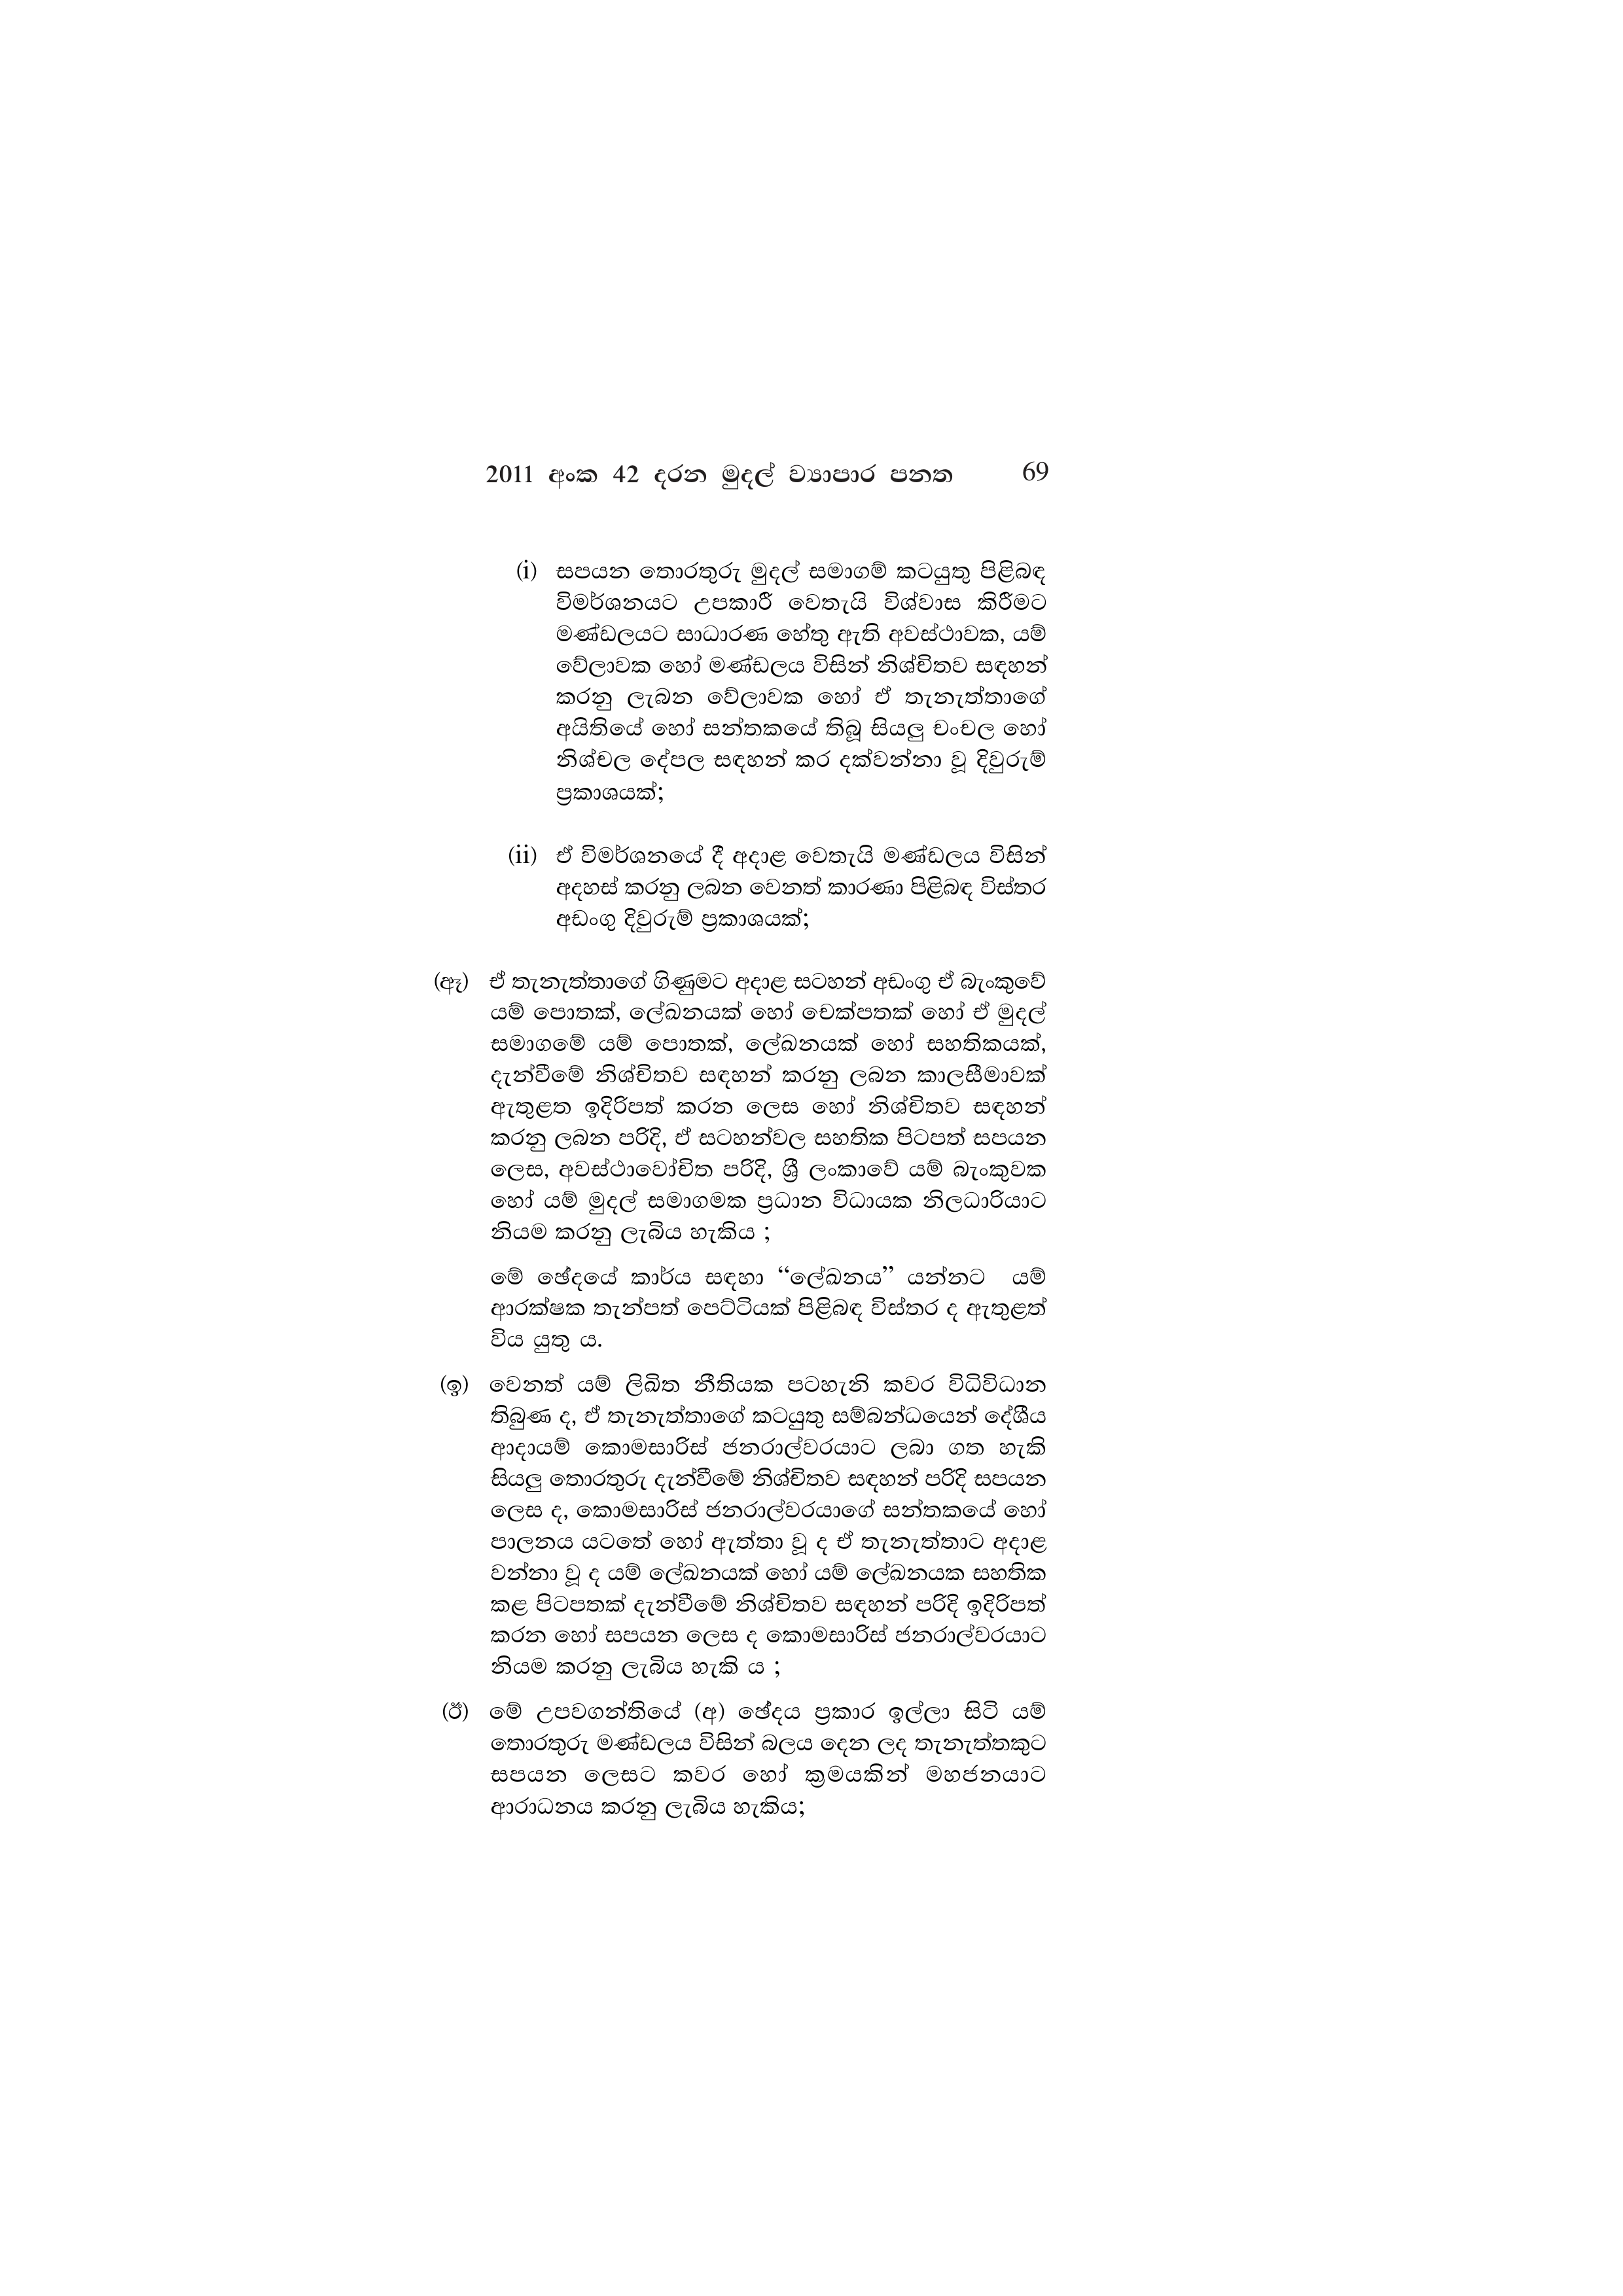
2011 අංක 42 දරන මුදල් ව්‍යාපාර පනත 69

(i) සපයන තොරතුරු මුදල් සමාගම් කටයුතු පිළිබඳ
විමර්ශනයට උපකාරී වෙතැයි විශ්වාස කිරීමට
මණ්ඩලයට සාධාරණ හේතු ඇති අවස්ථාවක, යම්
වේලාවක හෝ මණ්ඩලය විසින් නිශ්චිතව සඳහන්
කරනු ලැබන වේලාවක හෝ ඒ තැනැත්තාගේ
අයිතියේ හෝ සන්තකයේ තිබූ සියලු චංචල හෝ
නිශ්චල දේපල සඳහන් කර දක්වන්නා වූ දිවුරුම්
ප්‍රකාශයක්;

(ii) ඒ විමර්ශනයේ දී අදාළ වෙතැයි මණ්ඩලය විසින්
අදහස් කරනු ලබන වෙනත් කාරණා පිළිබඳ විස්තර
අඩංගු දිවුරුම් ප්‍රකාශයක්;

(ඈ) ඒ තැනැත්තාගේ ගිණුමට අදාළ සටහන් අඩංගු ඒ බැංකුවේ
යම් පොතක්, ලේඛනයක් හෝ චෙක්පතක් හෝ ඒ මුදල්
සමාගමේ යම් පොතක්, ලේඛනයක් හෝ සහතිකයක්,
දැන්වීමේ නිශ්චිතව සඳහන් කරනු ලබන කාලසීමාවක්
ඇතුළත ඉදිරිපත් කරන ලෙස හෝ නිශ්චිතව සඳහන්
කරනු ලබන පරිදි, ඒ සටහන්වල සහතික පිටපත් සපයන
ලෙස, අවස්ථාවෝචිත පරිදි, ශ්‍රී ලංකාවේ යම් බැංකුවක
හෝ යම් මුදල් සමාගමක ප්‍රධාන විධායක නිලධාරියාට
නියම කරනු ලැබිය හැකිය ;

මේ ඡේදයේ කාර්ය සඳහා “ලේඛනය” යන්නට යම්
ආරක්ෂක තැන්පත් පෙට්ටියක් පිළිබඳ විස්තර ද ඇතුළත්
විය යුතු ය.

(ඉ) වෙනත් යම් ලිඛිත නීතියක පටහැනි කවර විධිවිධාන
තිබුණ ද, ඒ තැනැත්තාගේ කටයුතු සම්බන්ධයෙන් දේශීය
ආදායම් කොමසාරිස් ජනරාල්වරයාට ලබා ගත හැකි
සියලු තොරතුරු දැන්වීමේ නිශ්චිතව සඳහන් පරිදි සපයන
ලෙස ද, කොමසාරිස් ජනරාල්වරයාගේ සන්තකයේ හෝ
පාලනය යටතේ හෝ ඇත්තා වූ ද ඒ තැනැත්තාට අදාළ
වන්නා වූ ද යම් ලේඛනයක් හෝ යම් ලේඛනයක සහතික
කළ පිටපතක් දැන්වීමේ නිශ්චිතව සඳහන් පරිදි ඉදිරිපත්
කරන හෝ සපයන ලෙස ද කොමසාරිස් ජනරාල්වරයාට
නියම කරනු ලැබිය හැකි ය ;

මේ උපවගන්තියේ (අ) ඡේදය ප්‍රකාර ඉල්ලා සිටි යම්
තොරතුරු මණ්ඩලය විසින් බලය දෙන ලද තැනැත්තකුට
සපයන ලෙසට කවර හෝ ක්‍රමයකින් මහජනයාට
ආරාධනය කරනු ලැබිය හැකිය;